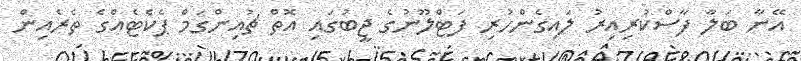
އޭނާ ބަލާ ފާސްކުރިއިރު ލައިގެންހުރި ފަޓްލޫނުގެ ޖީބުގައި އޮތް ޗުއިންގަމް ޕެކެޓެއްްގެ ތެރެއިން